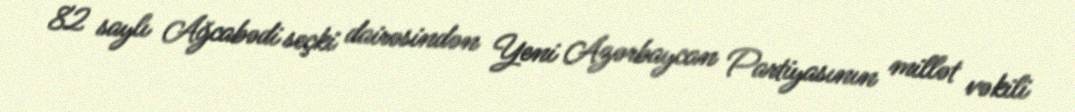
82 saylı Ağcabədi seçki dairəsindən Yeni Azərbaycan Partiyasının millət vəkili